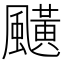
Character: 䬝